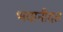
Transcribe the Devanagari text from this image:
भवानीदत्त